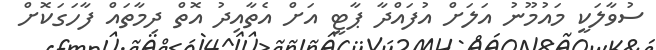
ސުވާލަކީ މައުމޫނު އަލަށް އުފައްދާ ޕާޓީ އަށް އެތާއިދު އޮތް ދިމާތައް ފާހަގަކޮށް